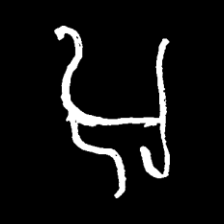
Pyu character \u2014 Myanmar letter: အ (romanized: a)